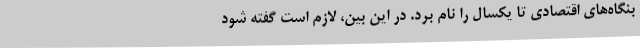
بنگاه‌های اقتصادی تا یکسال را نام برد. در این بین، لازم است گفته شود